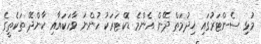
މުޅި ސެންޓަރުގައި ޚިދުމަތް ދޭން އެންމެ ޑޮކްޓަރަކު ހުންނަ ވާހަކައާއި ކާންދޭ ތަކެތީގެ